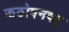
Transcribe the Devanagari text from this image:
कठोपनषद्